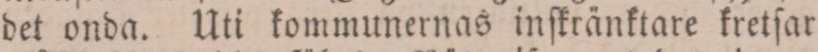
det onda. Uti kommunernas inſkränktare kretſar